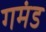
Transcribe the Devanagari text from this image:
गमंड